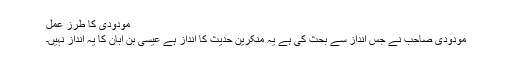
مودودی کا طرز عمل
مودودی صاحب نے جس انداز سے بحث کی ہے یہ منکرین حدیث کا انداز ہے عیسیٰ بن ابان کا یہ انداز نہیں۔